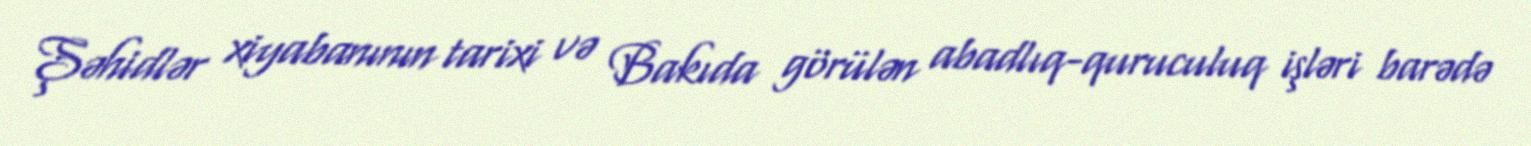
Şəhidlər xiyabanının tarixi və Bakıda görülən abadlıq-quruculuq işləri barədə